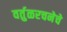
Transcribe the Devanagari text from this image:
वर्तुळरचनेचे